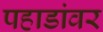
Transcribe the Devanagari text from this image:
पहाडांवर